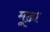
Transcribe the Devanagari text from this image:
मूढा